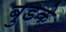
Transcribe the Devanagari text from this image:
बुडके